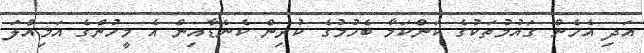
އަދި އެހެން ގައުމުތަކުގެ ކަންކަމާ ބެހުމުގެ ކުރިން ކެނެޑާއިން އެ މީހުންގެ އަމިއްލަ